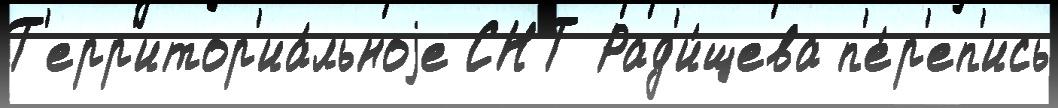
Т'ерр'итор'иа́льноjе СНТ Рад'и́щева п'е́р'еп'ись